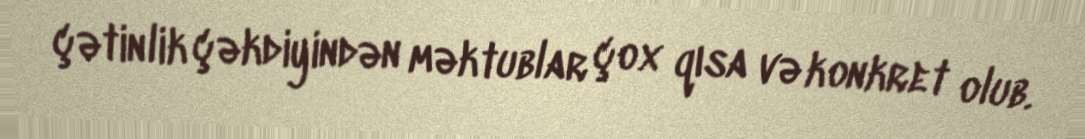
çətinlik çəkdiyindən məktublar çox qısa və konkret olub.